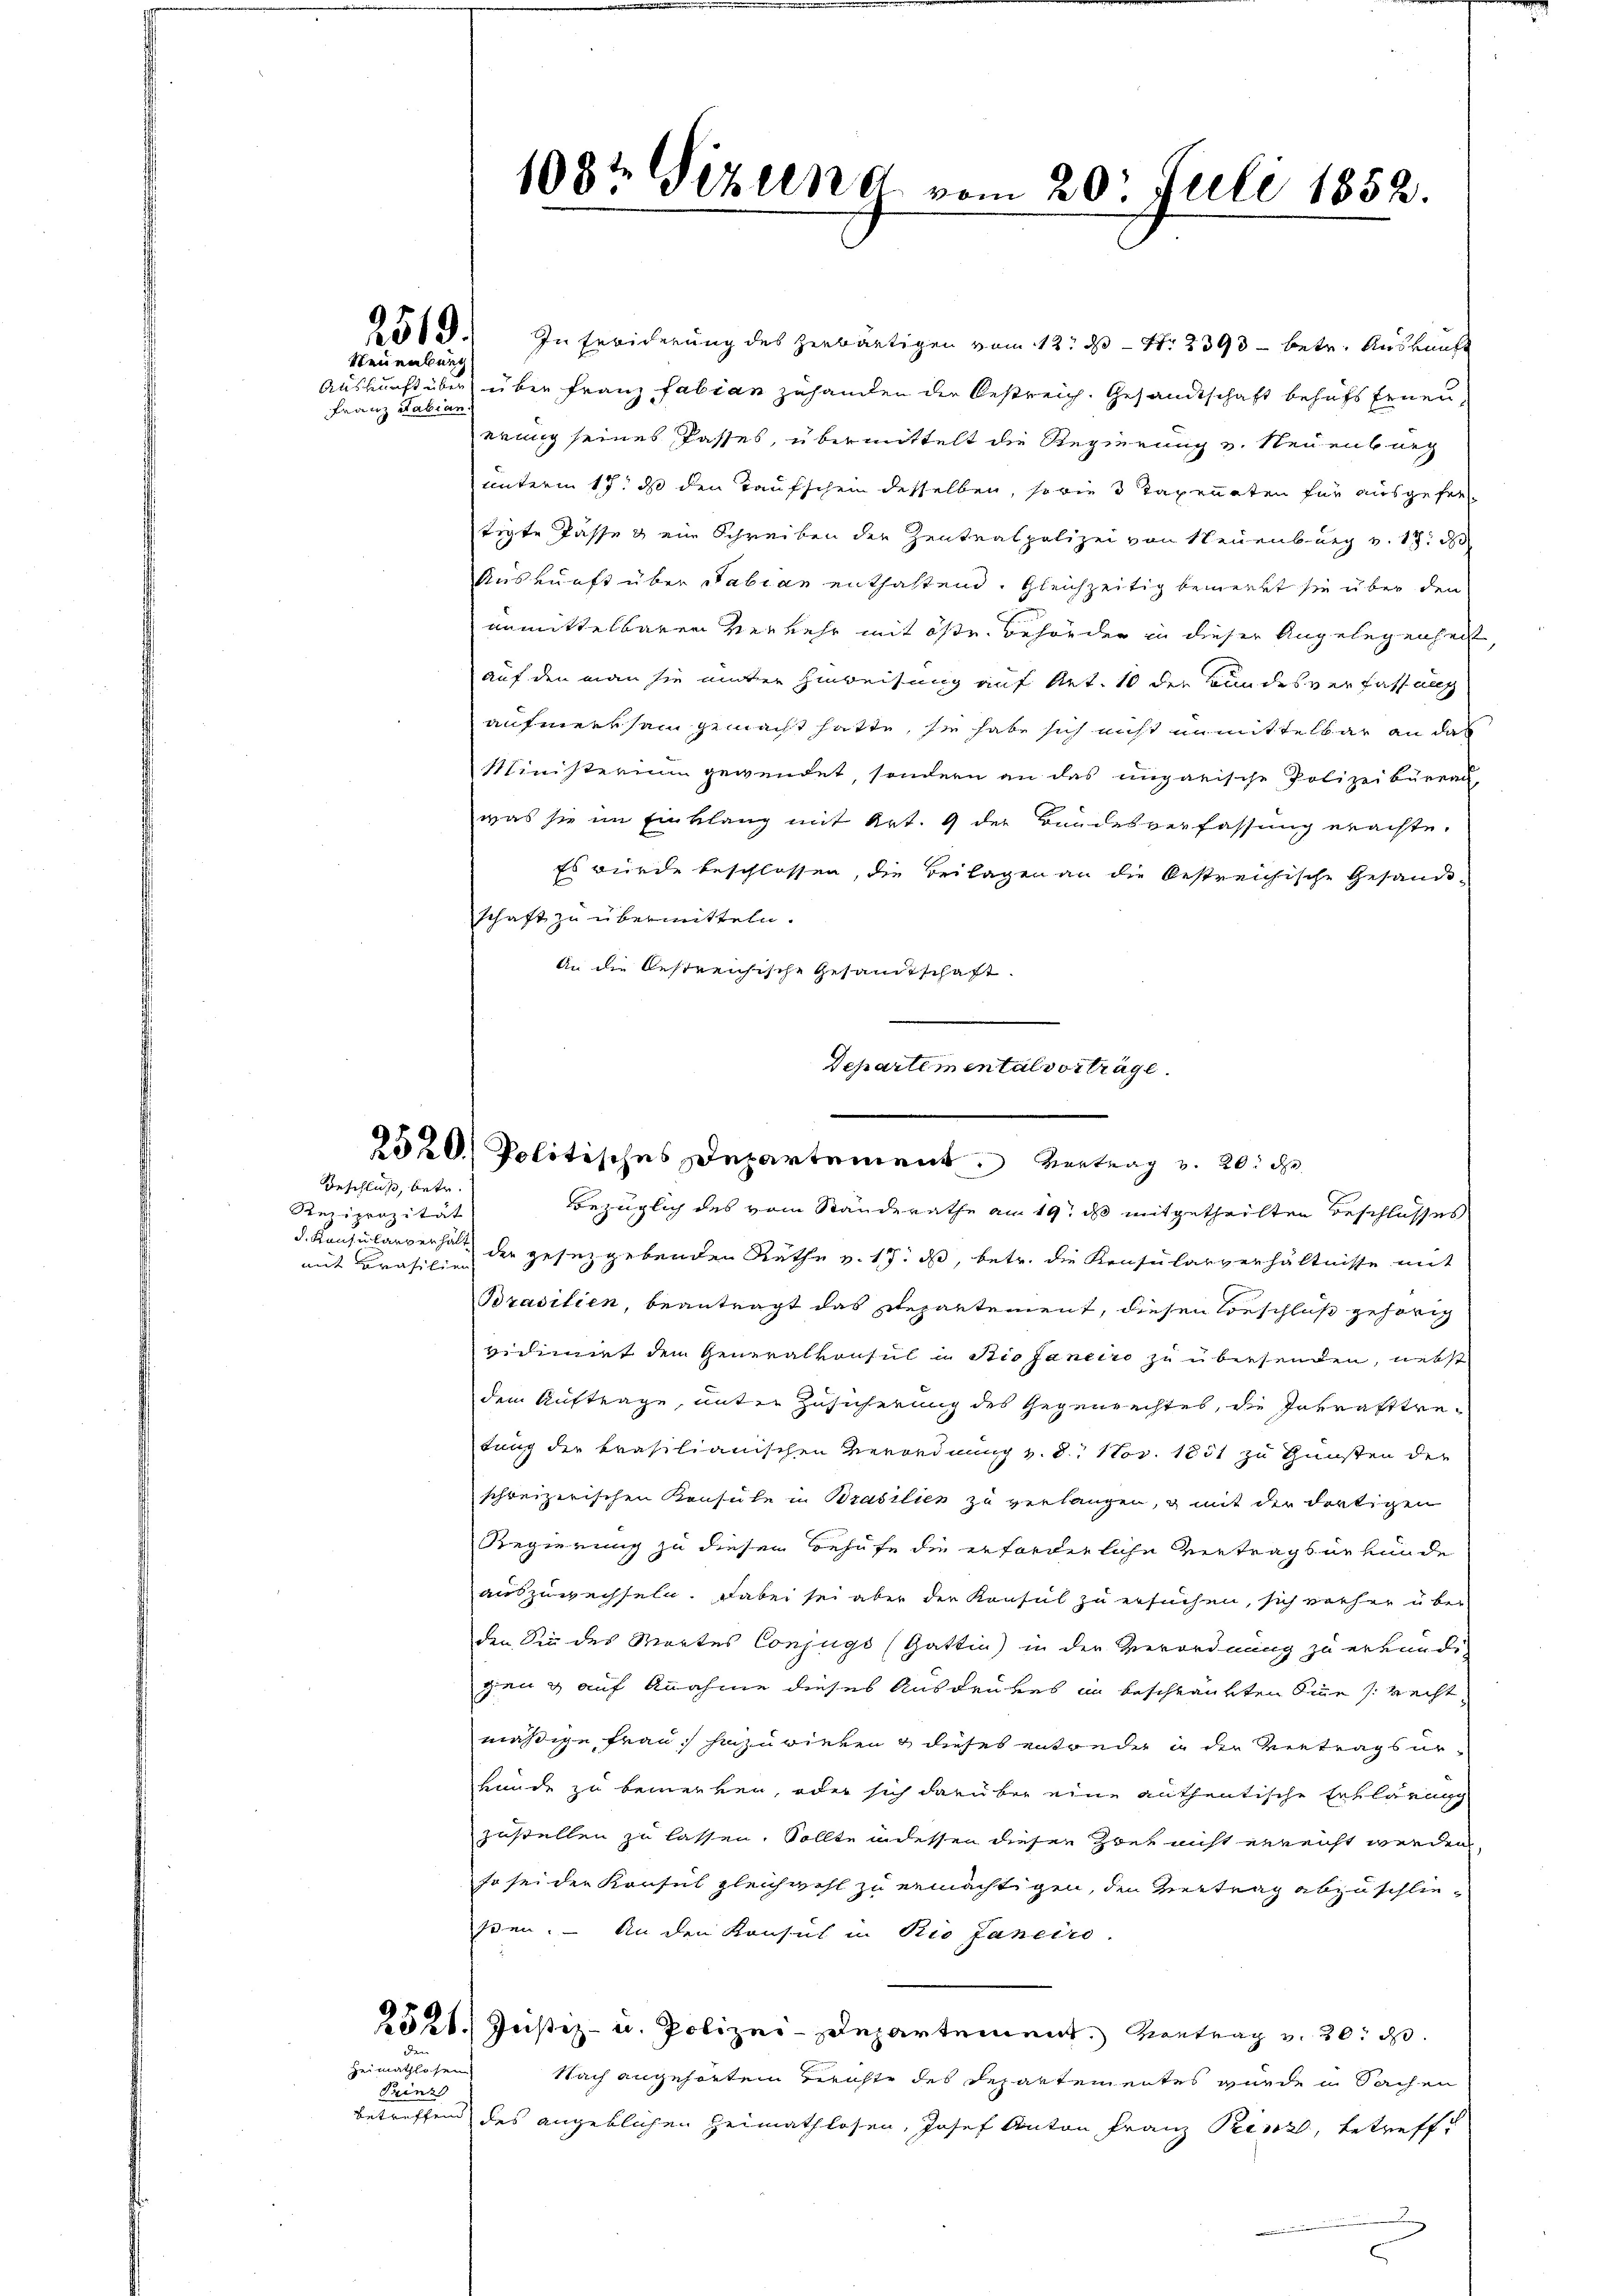
Neuenburg

Franz Fabian.

Beschluß, betr.
Reciprozität
mit Brasilien

108t Pizlen d. vom 20. Juli 1852.

251. In Erwiderung des zerbärtigen vom 12. 23 - Nr. 2393 - betr. Auskunft
Auskunft über über Franz Fabian zuhanden der Oestreich. Gesandtschaft behufs Ernenerung seines Passes, übermittelt die Regierung v. Neuenburg
unterm 17. ds den Taufschein desselben, so wie 3 Taxenaten für ausgefer
tigte Pässe & ein Schreiben der Zentnalpolizei von Neuenburg v. 17. d
Auskunft über Fabian enthaltend. Gleichzeitig bemerkt sie über den
unmittelbaren Verkehr mit öste Behörder in dieser Angelegenheit
auf den man sie unter Hinweisung auf Art. 10 der Bundesverfassung
aufmerksam gemacht hatte, sie habe sich nicht unmittelbar an das
Ministerium gewendet, sondern an das ungarische Polizeibureau-
was sie im Einklang mit Art. 9 der Bundesverfassung erachte.
Es wurde beschlossen, die Beilagen an die bestreichische Gesandt-
schaft zu übermitteln.
An die bestreichische Gesandtschaft.
Bezüglich des vom Standerathe am 19. ds mitgetheilten Beschlosses
d. Konsularverhalt der gesetzgebenden Räthe v. 17. ds, betr. die Konsularverhältnisse mit
Brasilien, beantragt das Repartement, diesen Vorschluß gehörig
vidimirt dem Generalkonsul in Biofaneiro zu übersenden, nebst
dem Auftrage, unter Zusicherung des Gegenrechtes, die Inkrafttretung der krasilianischen Verordnung v. 8. Nov. 1851 zu Gunsten der
schreizerischen Konsule in Brasilien zu verlangen, & mit der dortigen
Regierung zu diesem Behufe die erforderliche Vertragsurkunde
auszuwechseln. Dabei sei aber der Konsul zu ersuchen, sich vorher über
den Sin des Martes Conjugs (Gattin) in der Verordnung zu erkundi-
gen & auf Anahme dieses Ausdruckes in beschränkten Sinne recht
mäßige Frau hinzuwirken & dieses entweder in der Vertragsurkunde zu bemerken, oder sich darüber eine authentische Erklärung
zustellen zu lassen. Sollte in dessen dieser Zwek nicht erreicht werden
so sei der Konsul gleichwohl zu ermächtigen, den Vertrag abzuschließen. – An den Konsul in Rio Janeiro
2521. Justiz- u. Polizei-Departement. Vortrag v. 20. d.
Heimathlosen
Nach angehörten Berichte des Departementes wurde in Sachen
Prinz
betreffend des angeblichen Heimathlosen, Josef Anton Franz Prinz, betreffe

Departemental vorträge.
250. Politisches Departement. Vortrag v. 20. d.